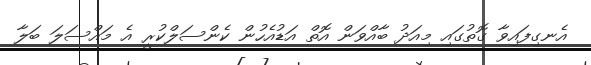
އެނގިފައިވާ ގޮތުގައި މިއަދު ބާއްވަން އޮތް އަޑުއެހުން ކެންސަލްކުރީ އެ މައްސަލަ ބަލާ